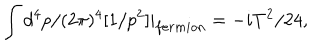
\int d ^ { 4 } p / ( 2 \pi ) ^ { 4 } [ 1 / p ^ { 2 } ] | _ { f e r m i o n } = - i T ^ { 2 } / 2 4 ,